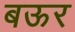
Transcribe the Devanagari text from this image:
बऊर